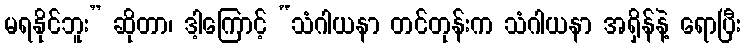
မရနိုင်ဘူး” ဆိုတာ၊ ဒါ့ကြောင့် “သံဂါယနာ တင်တုန်းက သံဂါယနာ အရှိန်နဲ့ ရောပြီး